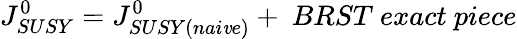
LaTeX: J_{SUSY}^{0}=J_{SUSY(nai\mathit{v}e)}^{0}+\ BRST\ exact\ piece